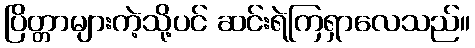
ပြိတ္တာများကဲ့သို့ပင် ဆင်းရဲကြရှာလေသည်။